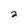
Character: 2